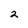
Character: 2